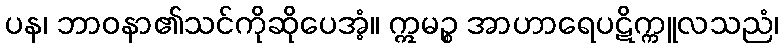
ပန၊ ဘာဝနာ၏သင်ကိုဆိုပေအံ့။ ဣမဉ္စ အာဟာရေပဋိက္ကူလသညံ၊